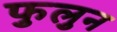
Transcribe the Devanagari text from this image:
फुलुन